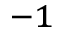
^ { - 1 }